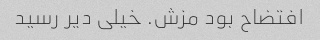
افتضاح بود مزش. خیلی دیر رسید